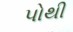
પોથી